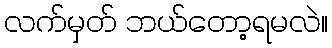
လက်မှတ် ဘယ်တော့ရမလဲ။